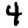
Digit: 4